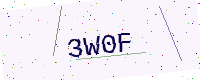
Text: 3W0F